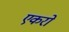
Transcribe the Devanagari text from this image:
एकरो